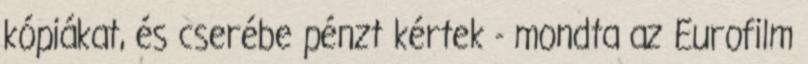
kópiákat, és cserébe pénzt kértek - mondta az Eurofilm